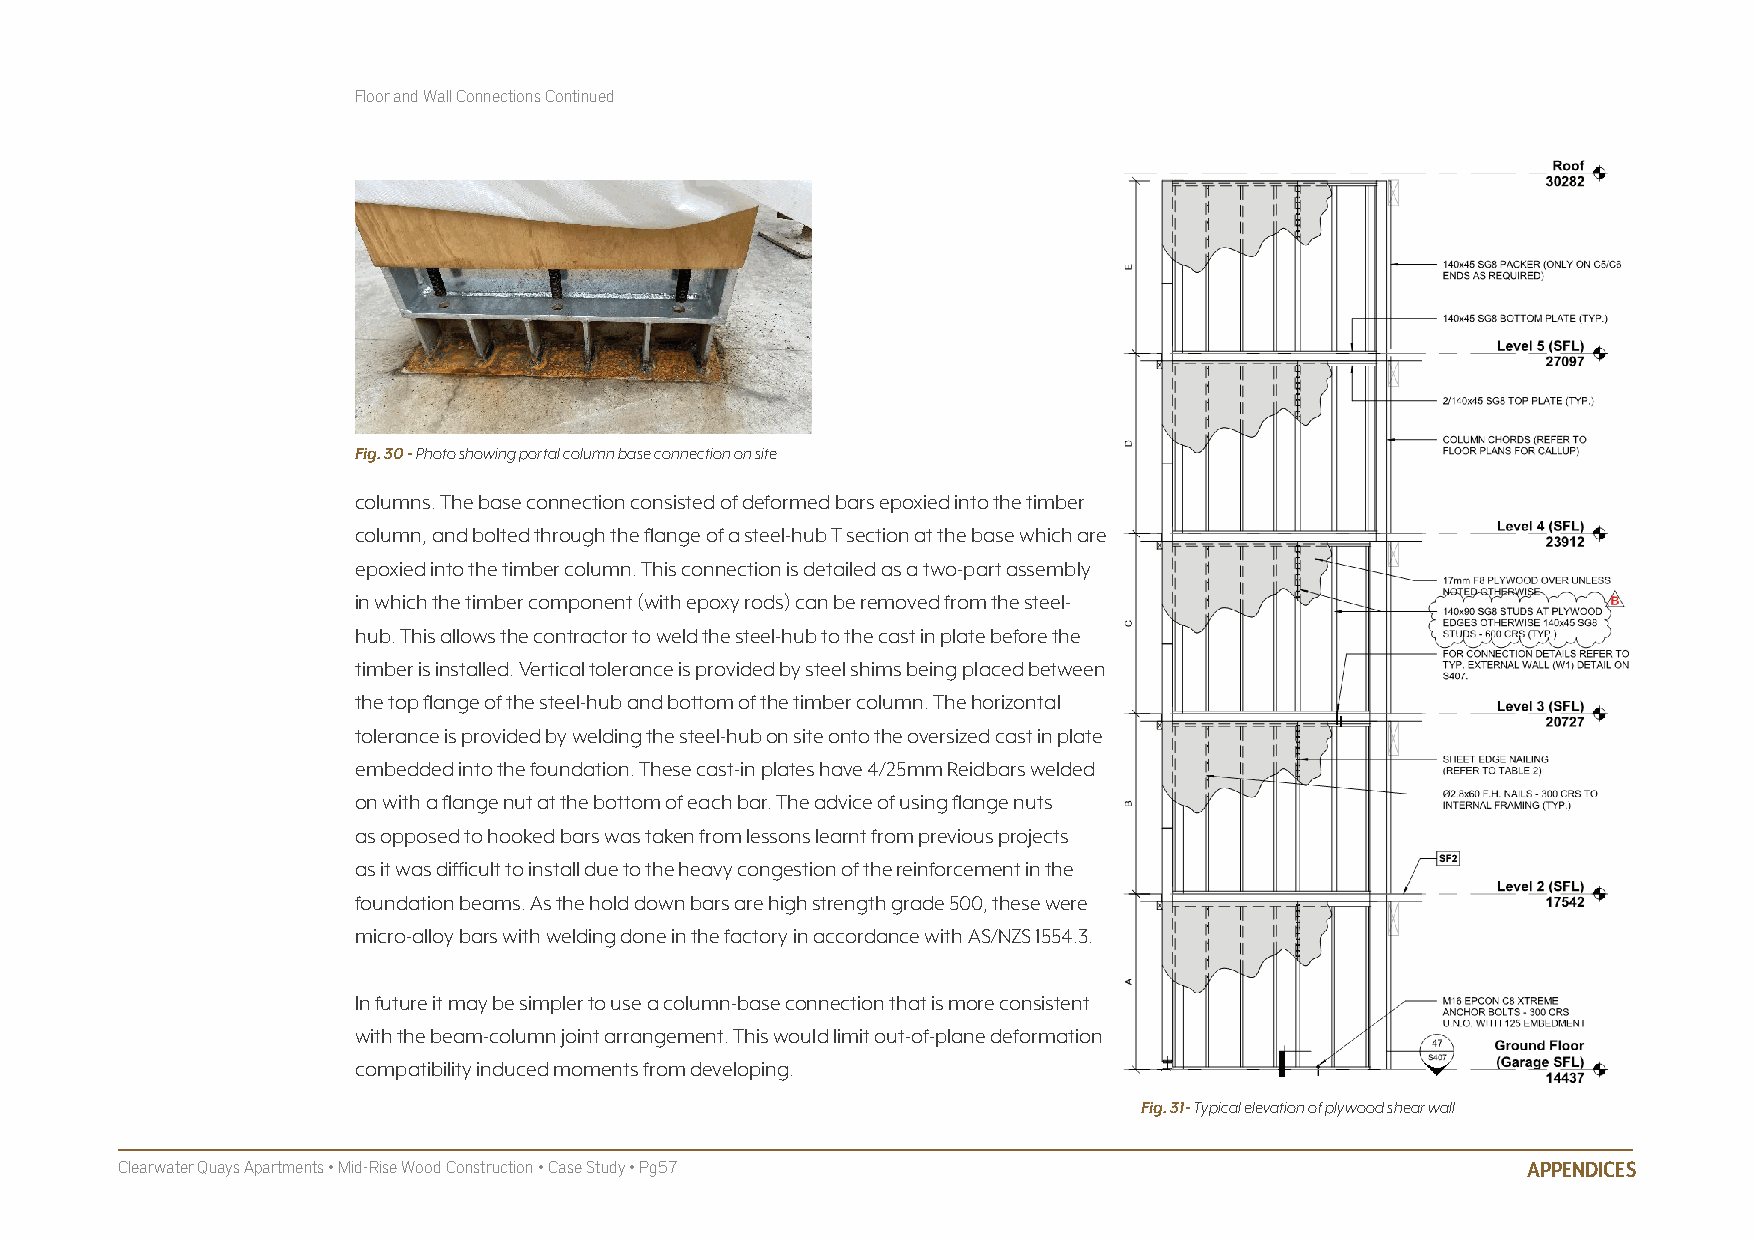
Floor and Wall Connections Continued
 Fig. 30 - Photo showing portal column base connection on site
 columns. The base connection consisted of deformed bars epoxied into the timber
 column, and bolted through the flange of a steel-hub T section at the base which are
 epoxied into the timber column. This connection is detailed as a two-part assembly
 in which the timber component (with epoxy rods) can be removed from the steel-
 hub. This allows the contractor to weld the steel-hub to the cast in plate before the
 timber is installed. Vertical tolerance is provided by steel shims being placed between
 the top flange of the steel-hub and bottom of the timber column. The horizontal
 tolerance is provided by welding the steel-hub on site onto the oversized cast in plate
 embedded into the foundation. These cast-in plates have 4/25mm Reidbars welded
 on with a flange nut at the bottom of each bar. The advice of using flange nuts
 as opposed to hooked bars was taken from lessons learnt from previous projects
 as it was difficult to install due to the heavy congestion of the reinforcement in the
 foundation beams. As the hold down bars are high strength grade 500, these were
 micro-alloy bars with welding done in the factory in accordance with AS/NZS 1554.3.
 In future it may be simpler to use a column-base connection that is more consistent
 with the beam-column joint arrangement. This would limit out-of-plane deformation
 compatibility induced moments from developing.
 Fig. 31- Typical elevation of plywood shear wall
 Clearwater Quays Apartments • Mid-Rise Wood Construction • Case Study • Pg57                 APPENDICES